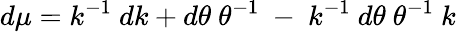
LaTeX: d\mu=k^{-1}~dk+d\theta~\theta^{-1}~-~k^{-1}~d\theta~\theta^{-1}~k